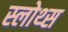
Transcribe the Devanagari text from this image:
स्लोथ्स